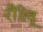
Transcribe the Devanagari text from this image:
रौंडेवू